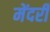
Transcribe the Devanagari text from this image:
मेंदरी